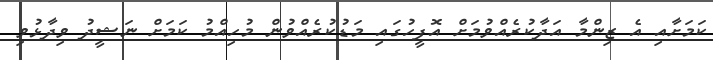
ކަމަށާއި އެ ޒިންމާ އަދާކުރެއްވުމަށް އޮފީހުގައި މަޑުކުރެއްވުން މުހިއްމު ކަމަށް ނަޝީދު ވިދާޅުވި